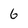
Character: 6